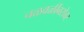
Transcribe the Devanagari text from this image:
चळवळींबरोबर